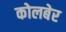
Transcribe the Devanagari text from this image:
कोलबेर